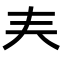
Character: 𡗗